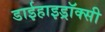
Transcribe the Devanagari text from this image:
डाईहाइड्रॉक्सी